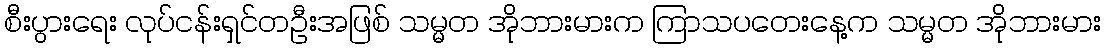
စီးပွားရေး လုပ်ငန်းရှင်တဦးအဖြစ် သမ္မတ အိုဘားမားက ကြာသပတေးနေ့က သမ္မတ အိုဘားမား